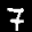
Label: 7